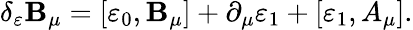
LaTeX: \delta_{\varepsilon}\mathbf{B}_{\mu}=[\varepsilon_{0},\mathbf{B}_{\mu}]+\partial_{\mu}\varepsilon_{1}+[\varepsilon_{1},A_{\mu}].